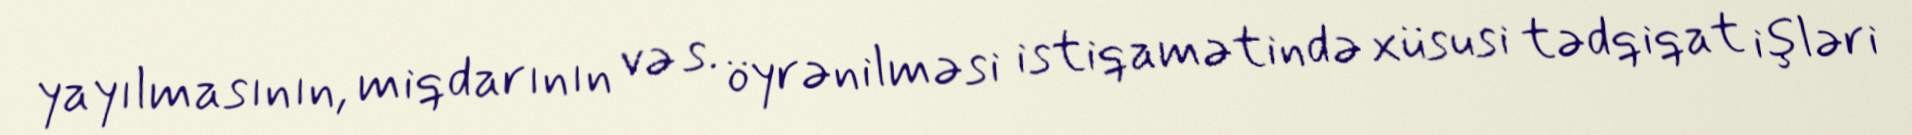
yayılmasının, miqdarının və s. öyrənilməsi istiqamətində xüsusi tədqiqat işləri